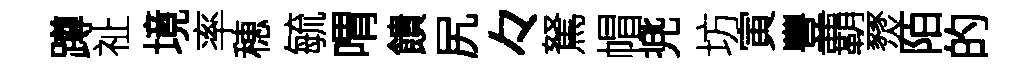
蹲祉境率穂毓喟饋尻々駑帽兠坊寅豐覇燹陌的